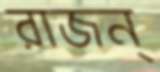
রাজন্‌